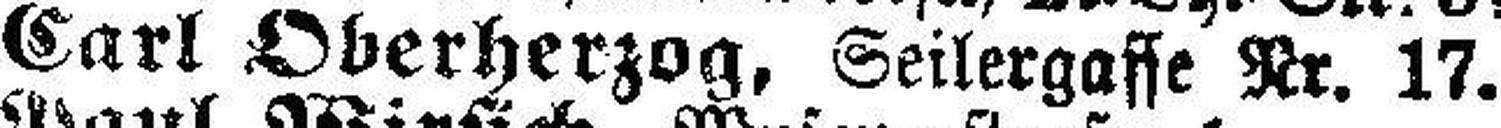
Carl Oberherzog, Seilergasse Nr. 17.